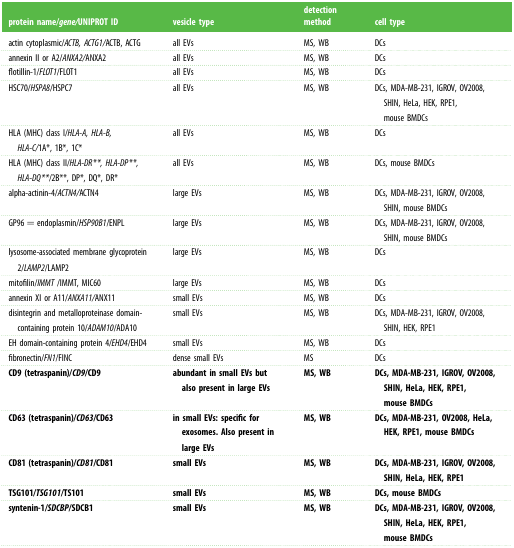
<table><thead><tr><td><b>protein name/<i>gene/</i>UNIPROT ID</b></td><td><b>vesicle type</b></td><td><b>detection method</b></td><td><b>cell type</b></td></tr></thead><tbody><tr><td>actin cytoplasmic/<i>ACTB, ACTG1/</i>ACTB, ACTG</td><td>all EVs</td><td>MS, WB</td><td>DCs</td></tr><tr><td>annexin II or A2/<i>ANXA2/</i>ANXA2</td><td>all EVs</td><td>MS, WB</td><td>DCs</td></tr><tr><td>flotillin-1/<i>FLOT1</i>/FLOT1</td><td>all EVs</td><td>MS, WB</td><td>DCs</td></tr><tr><td>HSC70/<i>HSPA8</i>/HSPC7</td><td>all EVs</td><td>MS, WB</td><td>DCs, MDA-MB-231, IGROV, OV2008, SHIN, HeLa, HEK, RPE1, mouse BMDCs</td></tr><tr><td>HLA (MHC) class I/<i>HLA-A, HLA-B, HLA-C/</i>1A*, 1B*, 1C*</td><td>all EVs</td><td>MS, WB</td><td>DCs</td></tr><tr><td>HLA (MHC) class II/<i>HLA-DR**, HLA-DP**, HLA-DQ**</i>/2B**, DP*, DQ*, DR*</td><td>all EVs</td><td>MS, WB</td><td>DCs, mouse BMDCs</td></tr><tr><td>alpha-actinin-4/<i>ACTN4/</i>ACTN4</td><td>large EVs</td><td>MS, WB</td><td>DCs, MDA-MB-231, IGROV, OV2008, SHIN, mouse BMDCs</td></tr><tr><td>GP96 = endoplasmin/<i>HSP90B1</i>/ENPL</td><td>large EVs</td><td>MS, WB</td><td>DCs, MDA-MB-231, IGROV, OV2008, SHIN, mouse BMDCs</td></tr><tr><td>lysosome-associated membrane glycoprotein 2/<i>LAMP2</i>/LAMP2</td><td>large EVs</td><td>MS, WB</td><td>DCs</td></tr><tr><td>mitofilin/<i>IMMT</i> /IMMT, MIC60</td><td>large EVs</td><td>MS, WB</td><td>DCs</td></tr><tr><td>annexin XI or A11/<i>ANXA11/</i>ANX11</td><td>small EVs</td><td>MS, WB</td><td>DCs</td></tr><tr><td>disintegrin and metalloproteinase domain-containing protein 10/<i>ADAM10</i>/ADA10</td><td>small EVs</td><td>MS, WB</td><td>DCs, MDA-MB-231, IGROV, OV2008, SHIN, HEK, RPE1</td></tr><tr><td>EH domain-containing protein 4/<i>EHD4</i>/EHD4</td><td>small EVs</td><td>MS, WB</td><td>DCs</td></tr><tr><td>fibronectin/<i>FN1</i>/FINC</td><td>dense small EVs</td><td>MS</td><td>DCs</td></tr><tr><td><b>CD9 (tetraspanin)/<i>CD9</i>/CD9</b></td><td><b>abundant in small EVs but also present in large EVs</b></td><td><b>MS, WB</b></td><td><b>DCs, MDA-MB-231, IGROV, OV2008, SHIN, HeLa, HEK, RPE1, mouse BMDCs</b></td></tr><tr><td><b>CD63 (tetraspanin)/<i>CD63</i>/CD63</b></td><td><b>in small EVs: specific for exosomes. Also present in large EVs</b></td><td><b>MS, WB</b></td><td><b>DCs, MDA-MB-231, OV2008, HeLa, HEK, RPE1, mouse BMDCs</b></td></tr><tr><td><b>CD81 (tetraspanin)/<i>CD81</i>/CD81</b></td><td><b>small EVs</b></td><td><b>MS, WB</b></td><td><b>DCs, MDA-MB-231, IGROV, OV2008, SHIN, HeLa, HEK, RPE1</b></td></tr><tr><td><b>TSG101/<i>TSG101</i>/TS101</b></td><td><b>small EVs</b></td><td><b>MS, WB</b></td><td><b>DCs, mouse BMDCs</b></td></tr><tr><td><b>syntenin-1/<i>SDCBP</i>/SDCB1</b></td><td><b>small EVs</b></td><td><b>MS, WB</b></td><td><b>DCs, MDA-MB-231, IGROV, OV2008, SHIN, HeLa, HEK, RPE1, mouse BMDCs</b></td></tr></tbody></table>